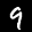
Label: 9